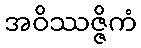
အဝိဿဇ္ဇိကံ